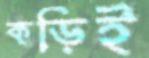
কড়িই